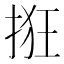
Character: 𫼺